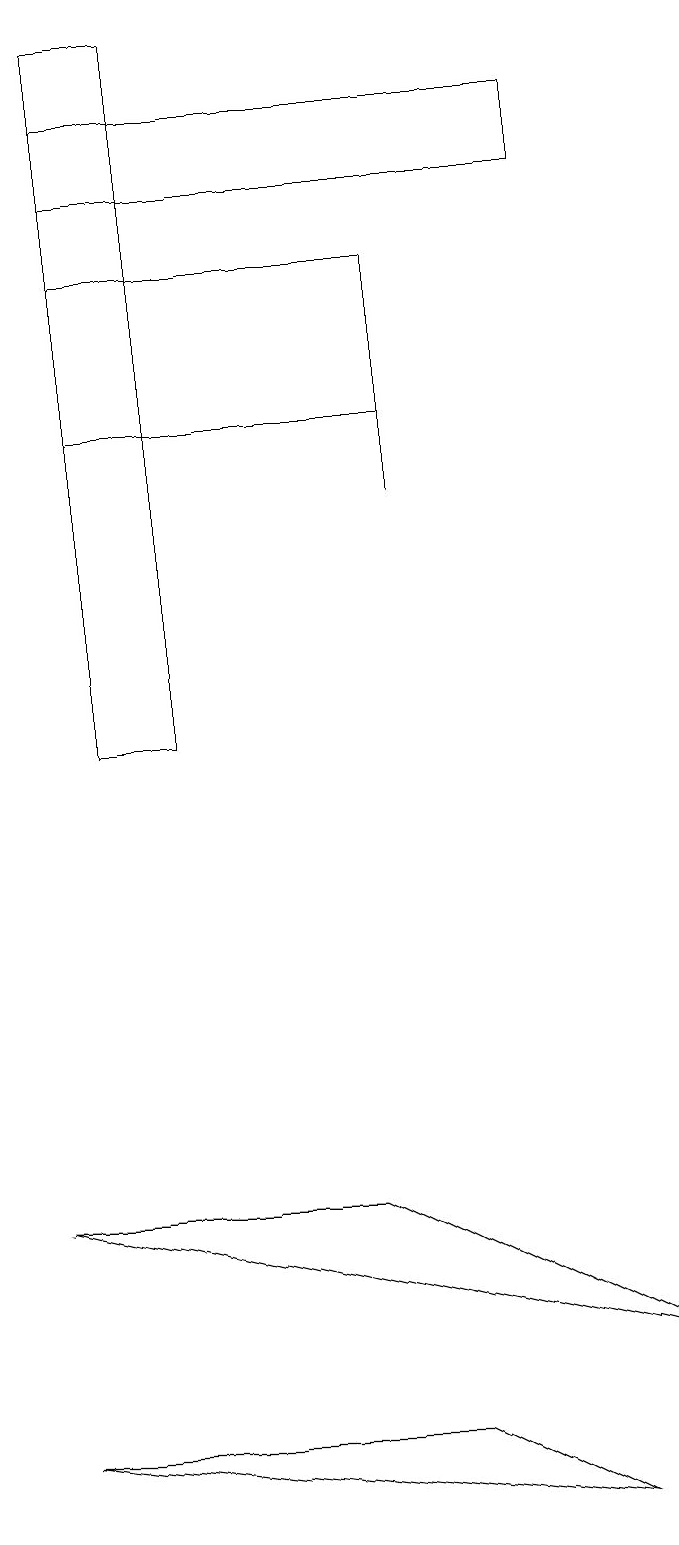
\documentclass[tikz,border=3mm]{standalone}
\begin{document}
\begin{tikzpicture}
\draw (5,16) rectangle (5,13);
\draw (4,4) -- (0,4) -- (8,2) -- cycle;
\draw (2,19) rectangle (1,10);
\draw (7,0) -- (0,1) -- (5,1) -- cycle;
\draw (5,16) rectangle (1,14);
\draw (1,18) rectangle (7,17);
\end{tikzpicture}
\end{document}